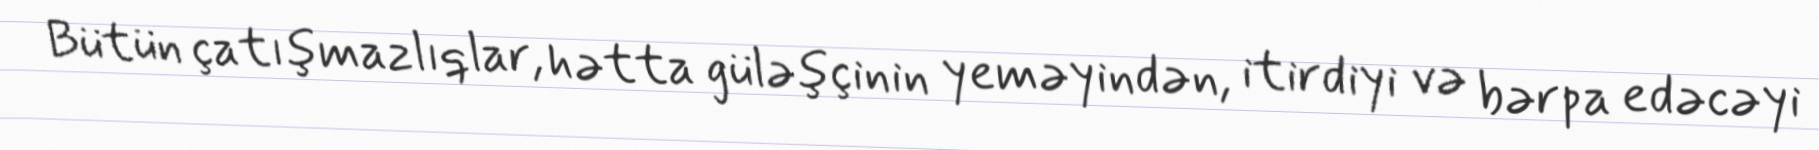
Bütün çatışmazlıqlar, hətta güləşçinin yeməyindən, itirdiyi və bərpa edəcəyi